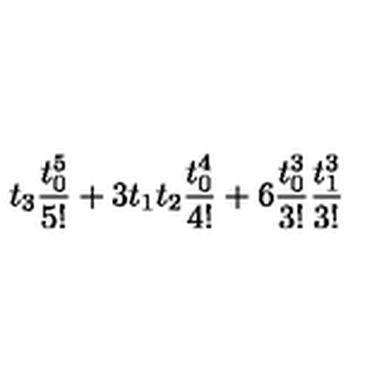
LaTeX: t _ { 3 } \frac { t _ { 0 } ^ { 5 } } { 5 ! } + 3 t _ { 1 } t _ { 2 } \frac { t _ { 0 } ^ { 4 } } { 4 ! } + 6 \frac { t _ { 0 } ^ { 3 } } { 3 ! } \frac { t _ { 1 } ^ { 3 } } { 3 ! }